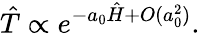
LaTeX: \hat{T}\propto e^{-a_{0}\hat{H}+O(a_{0}^{2})}.